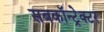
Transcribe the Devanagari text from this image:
सबकॉन्ट्रेक्टर